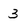
Character: 3